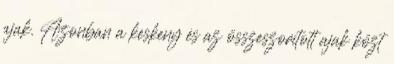
ajak. Azonban a keskeny és az összeszorított ajak közt